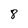
Character: 8